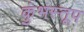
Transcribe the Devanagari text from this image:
कुंभस्तूप